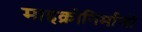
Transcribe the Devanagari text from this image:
माइक्रोनिर्माणों